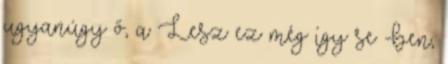
ugyanúgy ő, a Lesz ez még így se -ben,